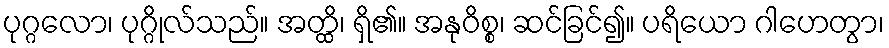
ပုဂ္ဂလော၊ ပုဂ္ဂိုလ်သည်။ အတ္ထိ၊ ရှိ၏။ အနုဝိစ္စ၊ ဆင်ခြင်၍။ ပရိယော ဂါဟေတွာ၊